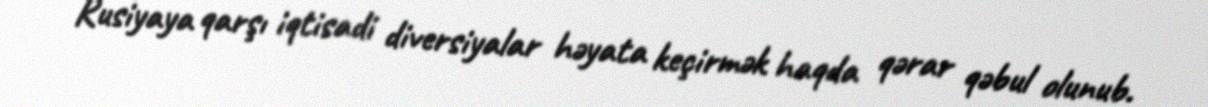
Rusiyaya qarşı iqtisadi diversiyalar həyata keçirmək haqda qərar qəbul olunub.